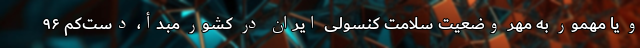
و یا مُهمور به مهر وضعیت سلامت کنسولی ایران در کشور مبدأ، دست‌کم ۹۶